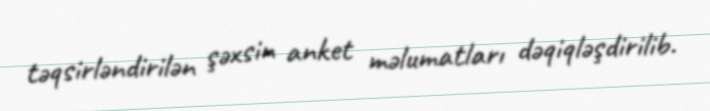
təqsirləndirilən şəxsin anket məlumatları dəqiqləşdirilib.